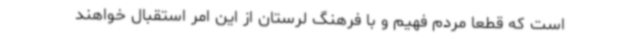
است که قطعاً مردم فهیم و با فرهنگ لرستان از این امر استقبال خواهند